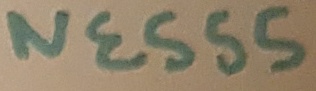
Text: NE555